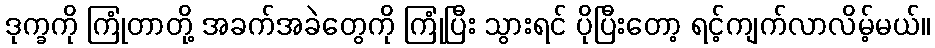
ဒုက္ခကို ကြုံတာတို့ အခက်အခဲတွေကို ကြုံပြီး သွားရင် ပိုပြီးတော့ ရင့်ကျက်လာလိမ့်မယ်။